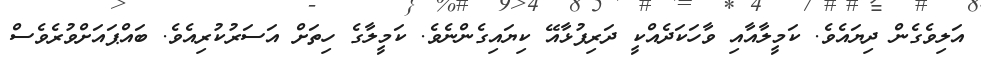
އަލިވެގެން ދިޔައެވެ. ކަމީލާއާއި ވާހަކަދެއްކީ ދަރިފުޅާއޭ ކިޔައިގެންނެވެ. ކަމީލާގެ ހިތަށް އަސަރުކުރިއެވެ. ބައްޕައަށްވުރެވެސް